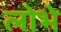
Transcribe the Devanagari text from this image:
लोभे